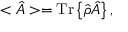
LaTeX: < \hat { A } > = \mathrm { T r } \left\{ \hat { \rho } \hat { A } \right\} ,